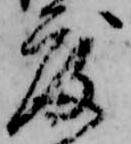
度